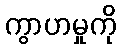
ကွာဟမှုကို